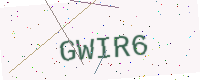
Text: GWIR6